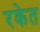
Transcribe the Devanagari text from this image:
रकेत